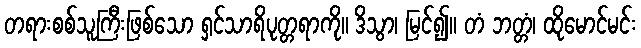
တရားစစ်သူကြီးဖြစ်သော ရှင်သာရိပုတ္တရာကို။ ဒိသွာ၊ မြင်၍။ တံ ဘတ္တံ၊ ထိုမောင်မင်း